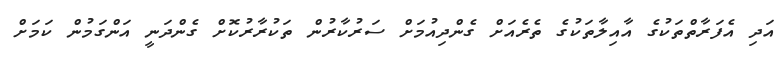
އަދި އެފަރާތްތަކުގެ އާއިލާތަކުގެ ތެރެއަށް ގެންދިއުމަށް ސަރުކާރުން ތަކުރާރުކޮށް ގެންދަނީ އަންގަމުން ކަމަށް